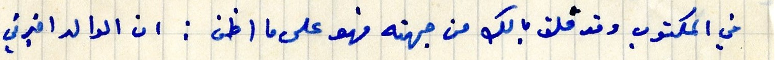
في المكتوب وقد قلق بالك من جهته فهو على ما اظن : ان الوالد اخبرني